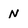
Character: n